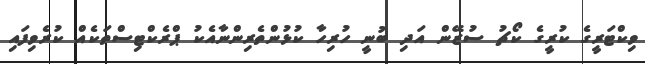
ވިކްޓަރީގެ ކުރީގެ ކޯޗު ސުޒޭން އަދި ބުނީ ހުރިހާ ކުޅުންތެރިންނާއެކު ޕްރެކްޓިސްތަކެއް ކުރެވިފައި